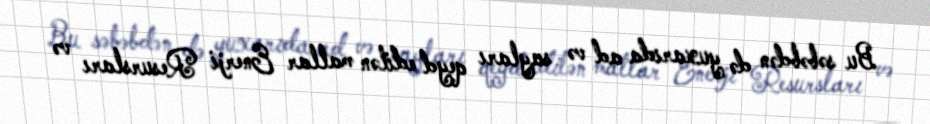
Bu səbəbdən də yuxarıda ad və sayları qeyd edilən mallar Enerji Resursları və